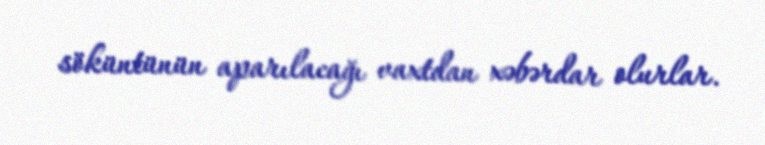
söküntünün aparılacağı vaxtdan xəbərdar olurlar.